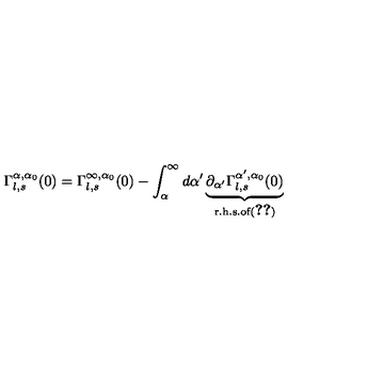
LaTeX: \Gamma _ { l , s } ^ { \alpha , \alpha _ { 0 } } ( 0 ) = \Gamma _ { l , s } ^ { \infty , \alpha _ { 0 } } ( 0 ) - \int _ { \alpha } ^ { \infty } d \alpha ^ { \prime } \underbrace { \partial _ { \alpha ^ { \prime } } \Gamma _ { l , s } ^ { \alpha ^ { \prime } , \alpha _ { 0 } } ( 0 ) } _ { \mathrm { r . h . s . o f ( \ref { f g 5 } ) } }